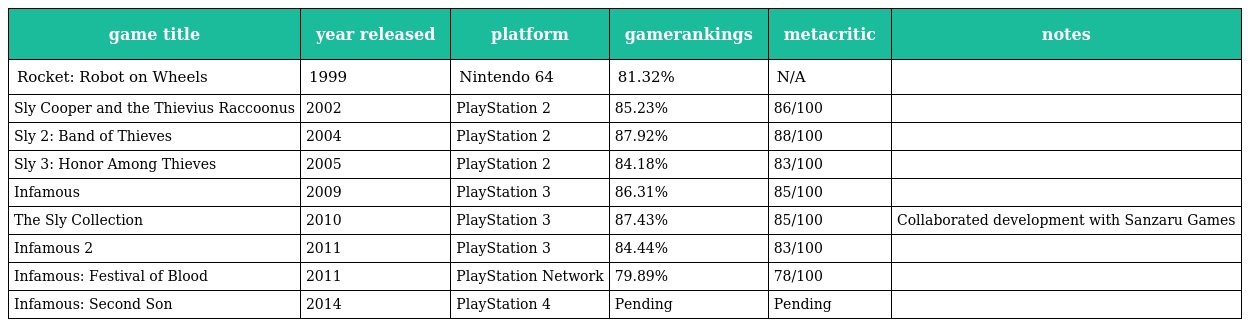
| game title | year released | platform | gamerankings | metacritic | notes |
 | --- | --- | --- | --- | --- | --- |
 | Rocket: Robot on Wheels | 1999 | Nintendo 64 | 81.32% | N/A |  |
 | Sly Cooper and the Thievius Raccoonus | 2002 | PlayStation 2 | 85.23% | 86/100 |  |
 | Sly 2: Band of Thieves | 2004 | PlayStation 2 | 87.92% | 88/100 |  |
 | Sly 3: Honor Among Thieves | 2005 | PlayStation 2 | 84.18% | 83/100 |  |
 | Infamous | 2009 | PlayStation 3 | 86.31% | 85/100 |  |
 | The Sly Collection | 2010 | PlayStation 3 | 87.43% | 85/100 | Collaborated development with Sanzaru Games |
 | Infamous 2 | 2011 | PlayStation 3 | 84.44% | 83/100 |  |
 | Infamous: Festival of Blood | 2011 | PlayStation Network | 79.89% | 78/100 |  |
 | Infamous: Second Son | 2014 | PlayStation 4 | Pending | Pending |  |